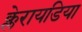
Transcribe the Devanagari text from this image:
क्लेरायडिया